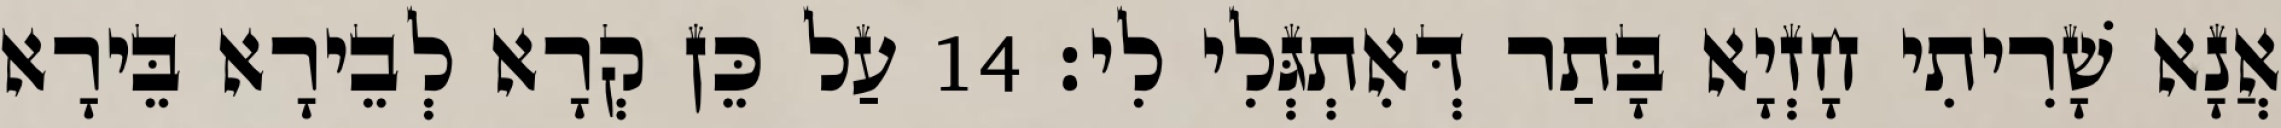
אֲנָא שָׁרִיתִי חָזְיָא בָּתַר דְּאִתְגְּלִי לִי׃ 14 עַל כֵּן קְרָא לְבֵירָא בֵּירָא